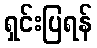
ရှင်းပြရန်